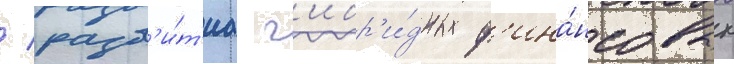
/ разв'и́т'иа г'ибр'и́дных ф'ина́нсовых